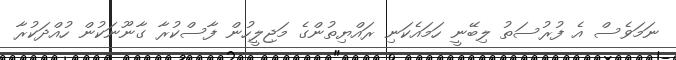
ނަމަވެސް އެ ފުރުސަތު ލިބޭނީ ހަމައެކަނި ރައްޔިތުންގެ މަޖިލީހުން ފާސްކުރާ ގާނޫނަކުން ހުއްދަކުރާ